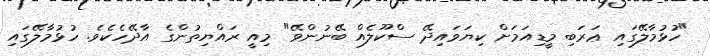
"ހުޅުމާލޭގައި ޢަރަބި މީޑިއަމަށް ކިޔަވައިދޭ ސްކޫލެއް ބޭނުންވޭ" މިއީ ރައްޔިތުންގެ އާދޭހެކެވެ. ހުޅުމާލޭގައި